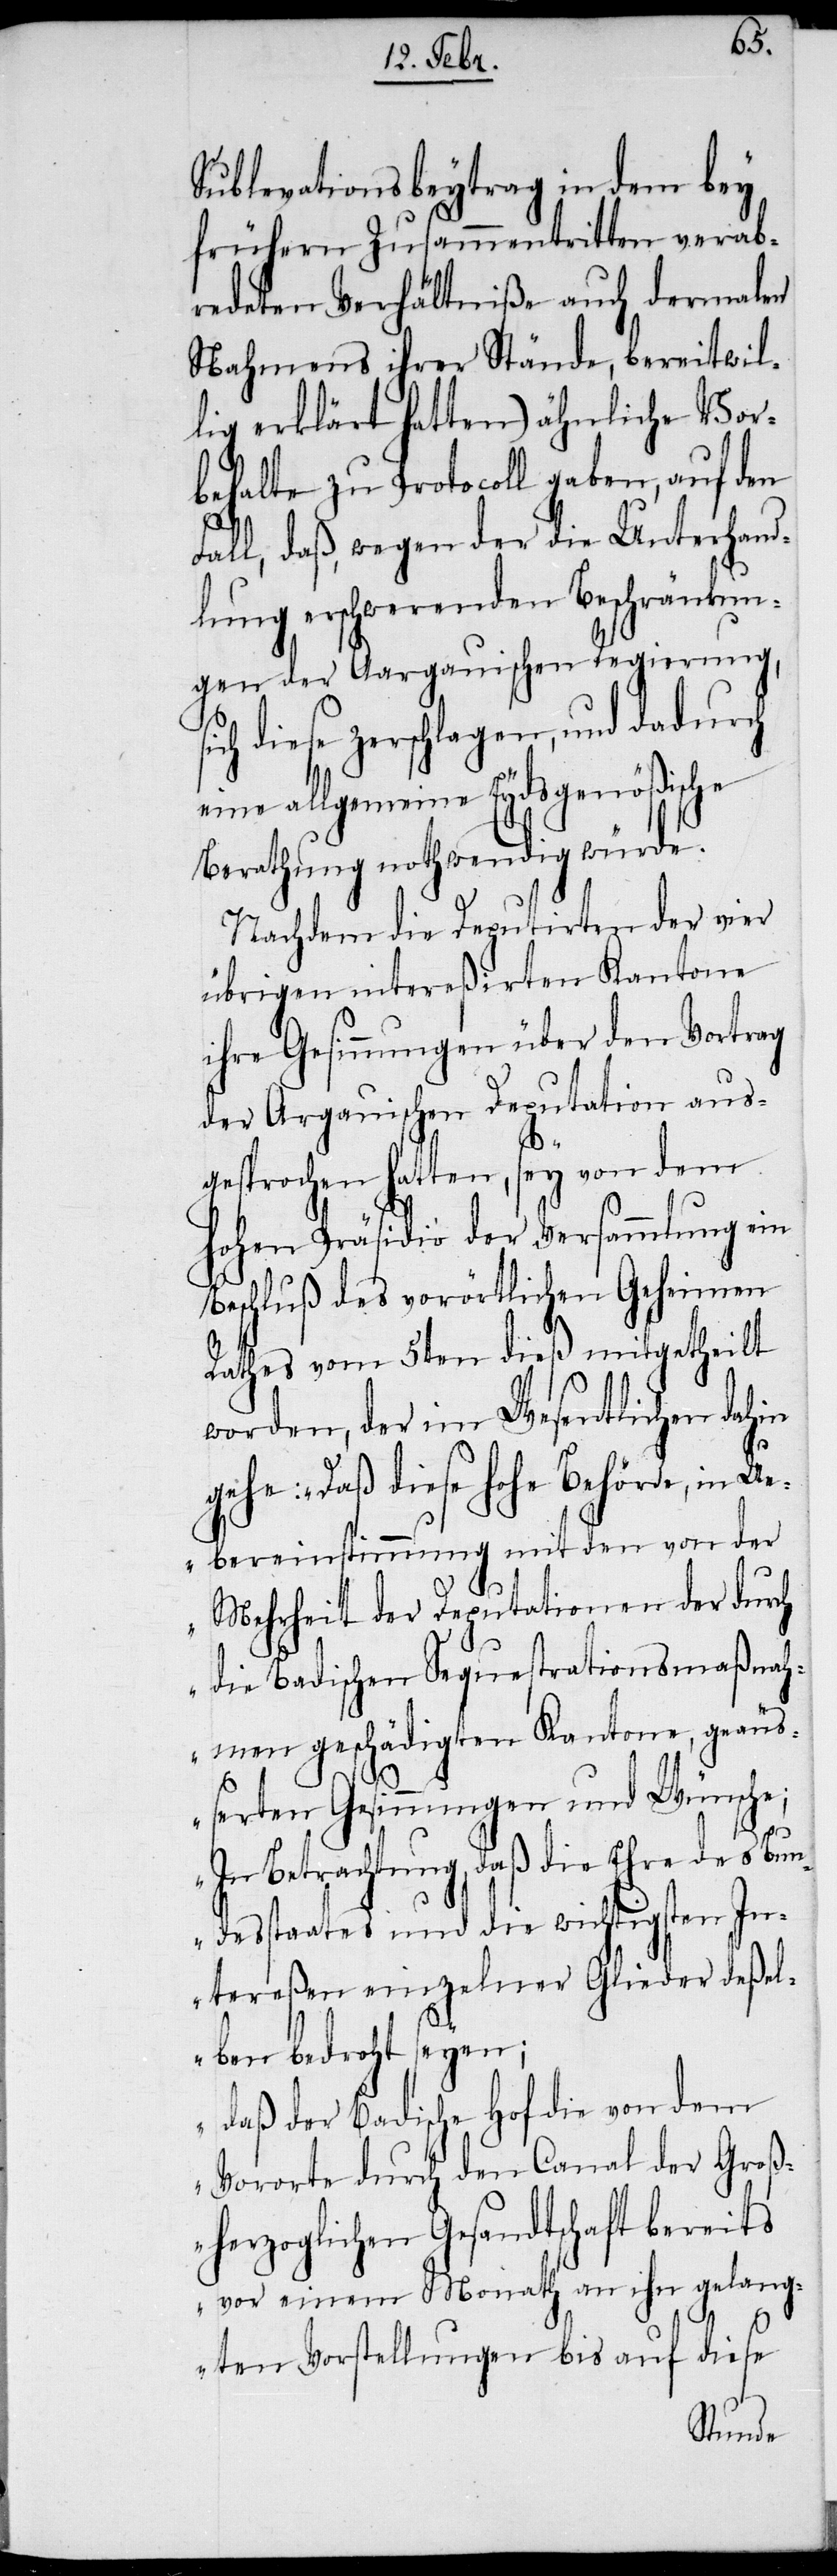
Sublevationsbeytrag in dem bey
frühern Zusammentritten verab¬
redeten Verhältniße auch dermalen
Nahmens ihrer Stände, bereitwil¬
lig erklärt hatten) ähnliche Vor¬
behalte zu Protocoll gaben, auf den
Fall, daß, wegen der die Unterhand¬
lung erschwerenden Beschränkun¬
gen der Aargauischen Regierung,
ich diese zerschlagen, und dadurch
eine allgemeine Eydsgenößische
Berathung nothwendig würde.
Nachdem die Deputirten der vier
übrigen intereßirten Kantone
ihre Gesinnungen über den Vortrag
der Argauischen Deputation aus¬
gesprochen hatten, sey von dem
hohen Präsidio der Versammlung ein
Beschluß des vorörtlichen Geheimen
Rathes vom 5ten dieß mitgetheilt
worden, der im Wesentlichen dahin
gehe: „Daß diese hohe Behörde, in Ue¬
bereinstimmung mit den von der
Mehrheit der Deputationen der durch
die Badischen Sequestrationsmaßnah¬
men geschädigten Kantone, geäuß¬
erten Gesinnungen und Wünsche;
In Betrachtung, daß die Ehre des Bun¬
desstaates und die wichtigsten In¬
tereßen einzelner Glieder deßel¬
ben bedroht seyen;
daß der Badische Hof die von dem
Vororte durch den Canal der Groß¬
herzoglichen Gesandtschaft bereits
vor einem Monath an ihn gelang¬
s¬
ten Vorstellungen bis auf diese